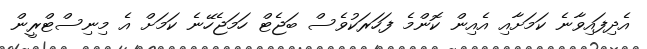
އެދިފައިވާނެ ކަމަށާއި އެއިން ކޮންމެ ފަހަރަކުވެސް ބަޖެޓް ހަމަޖެހޭނެ ކަމަށް އެ މިނިސްޓްރީން